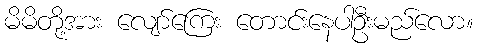
မိမိတို့အား လျော်ကြေး တောင်းနေပါဦးမည်လော။